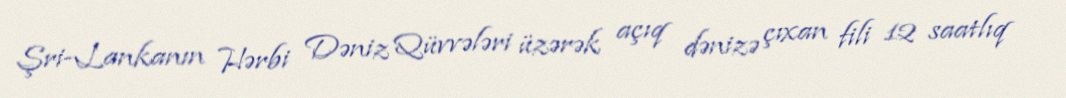
Şri-Lankanın Hərbi Dəniz Qüvvələri üzərək açıq dənizə çıxan fili 12 saatlıq